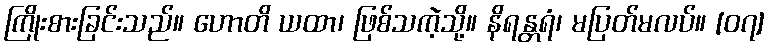
ကြိုးစားခြင်းသည်။ ဟောတိ ယထာ၊ ဖြစ်သကဲ့သို့။ နိရန္တရံ၊ မပြတ်မလပ်။ [၀၇]